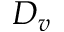
D _ { v }